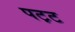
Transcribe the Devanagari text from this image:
पट़ट